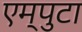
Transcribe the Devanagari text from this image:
एम्पुटा